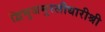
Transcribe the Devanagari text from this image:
द्विभुजमुरलीधारीश्री